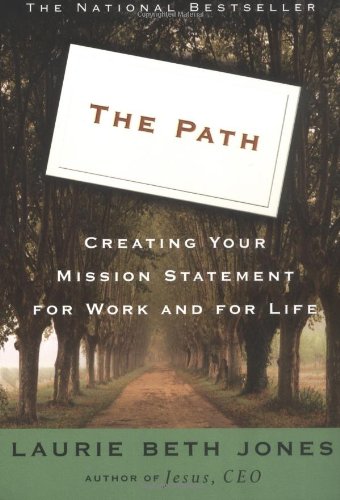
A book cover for The Path: Creating Your Mission Statement for Work and for Life; Laurie Beth Jones; Christian Books & Bibles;